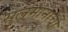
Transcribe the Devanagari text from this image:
सुलेमानाची